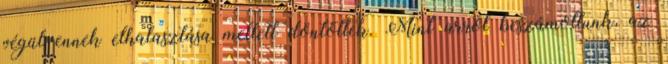
végül ennek elhalasztása mellett döntöttek. Mint arról beszámoltunk, az